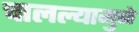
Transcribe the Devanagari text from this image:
चालल्यामुळे